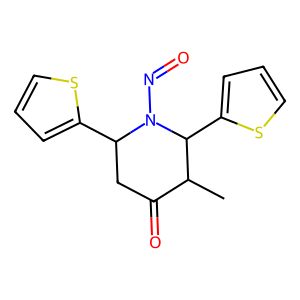
SMILES: CC1C(=O)CC(c2cccs2)N(N=O)C1c1cccs1
Inhibits HIV replication: No